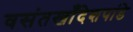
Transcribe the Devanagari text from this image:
वसंतखाँदेशपांडे